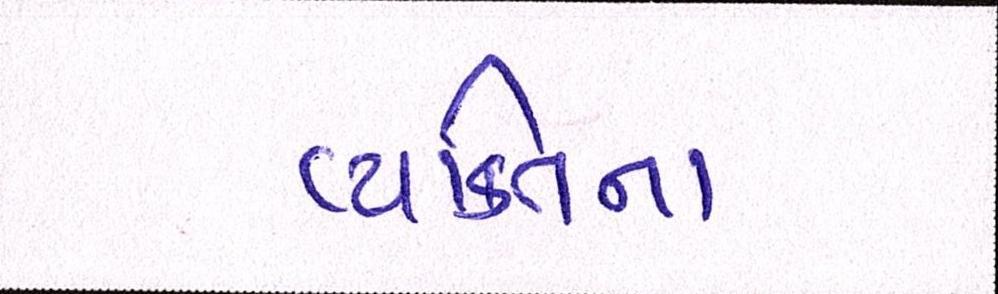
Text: વ્યક્તિના